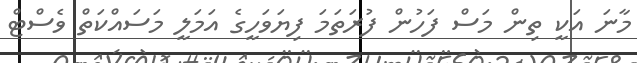
މާނަ އަކީ ތިން މަސް ފަހުން ފުރަތަމަ ފިޔަވަހީގެ އަމަލީ މަސައްކަތް ވެސްޓް